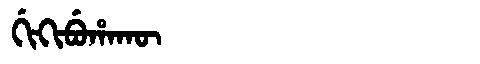
Manchu: ᡤᡳᡴᡳᠪᡠᡥᠠᡴᡡ
Romanization: GIKIBUHAKŪ